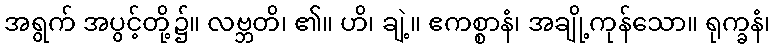
အရွက် အပွင့်တို့၌။ လဗ္ဘတိ၊ ၏။ ဟိ၊ ချဲ့။ ဧကစ္စာနံ၊ အချို့ကုန်သော။ ရုက္ခနံ၊